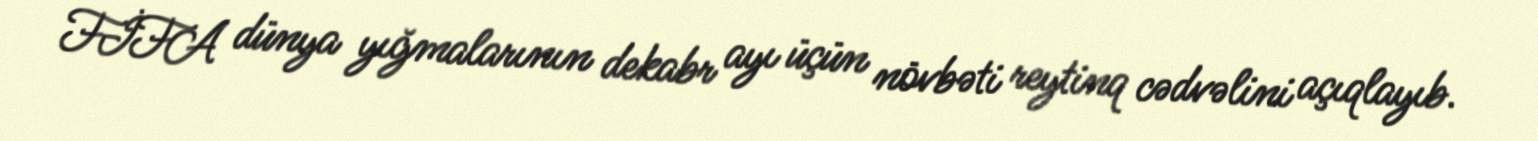
FİFA dünya yığmalarının dekabr ayı üçün növbəti reytinq cədvəlini açıqlayıb.